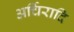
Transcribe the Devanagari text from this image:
अर्चिरादि